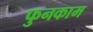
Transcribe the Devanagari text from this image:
फुनकाम